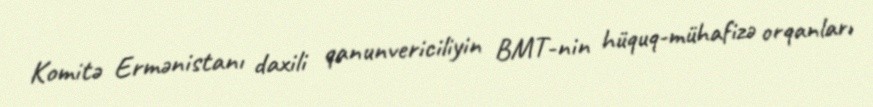
Komitə Ermənistanı daxili qanunvericiliyin BMT-nin hüquq-mühafizə orqanları